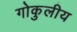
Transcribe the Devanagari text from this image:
गोकुलीय